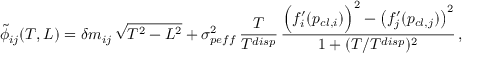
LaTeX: \tilde { \phi } _ { i j } ( T , L ) = \delta m _ { i j } \, \sqrt { T ^ { 2 } - L ^ { 2 } } + \sigma _ { p e f f } ^ { 2 } \, \frac { T } { T ^ { d i s p } } \, \frac { \Big ( f _ { i } ^ { \prime } ( p _ { c l , i } ) \Big ) ^ { 2 } - \left( f _ { j } ^ { \prime } ( p _ { c l , j } ) \right) ^ { 2 } } { 1 + ( T / T ^ { d i s p } ) ^ { 2 } } \, ,